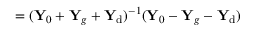
{ \bf \Gamma } = ( { \bf Y } _ { 0 } + { \bf Y } _ { g } + { \bf Y } _ { \mathrm { d } } ) ^ { - 1 } ( { \bf Y } _ { 0 } - { \bf Y } _ { g } - { \bf Y } _ { \mathrm { d } } )